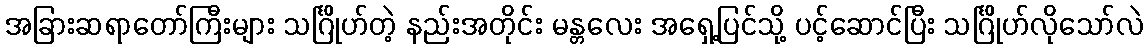
အခြားဆရာတော်ကြီးများ သင်္ဂြိုဟ်တဲ့ နည်းအတိုင်း မန္တလေး အရှေ့ပြင်သို့ ပင့်ဆောင်ပြီး သင်္ဂြိုဟ်လိုသော်လဲ